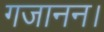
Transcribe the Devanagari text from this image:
गजानन।